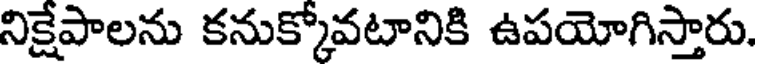
నిక్షేపాలను కనుక్కోవటానికి ఉపయోగిస్తారు.